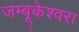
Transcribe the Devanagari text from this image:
जम्बूकेश्‍वरा